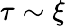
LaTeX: \tau\sim\xi